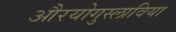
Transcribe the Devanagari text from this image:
औरयोगुस्लाविया